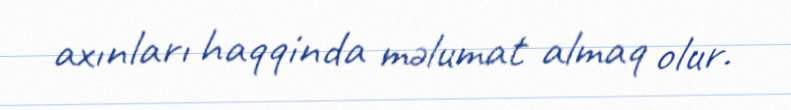
axınları haqqinda məlumat almaq olur.